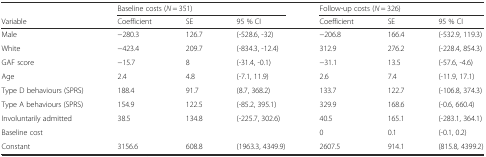
<table><thead><tr><td></td><td colspan="3"><b>Baseline costs (<i>N</i> = 351)</b></td><td colspan="3"><b>Follow-up costs (<i>N</i> = 326)</b></td></tr><tr><td><b>Variable</b></td><td><b>Coefficient</b></td><td><b>SE</b></td><td><b>95 % CI</b></td><td><b>Coefficient</b></td><td><b>SE</b></td><td><b>95 % CI</b></td></tr></thead><tbody><tr><td>Male</td><td>−280.3</td><td>126.7</td><td>(-528.6, -32)</td><td>−206.8</td><td>166.4</td><td>(-532.9, 119.3)</td></tr><tr><td>White</td><td>−423.4</td><td>209.7</td><td>(-834.3, -12.4)</td><td>312.9</td><td>276.2</td><td>(-228.4, 854.3)</td></tr><tr><td>GAF score</td><td>−15.7</td><td>8</td><td>(-31.4, -0.1)</td><td>−31.1</td><td>13.5</td><td>(-57.6, -4.6)</td></tr><tr><td>Age</td><td>2.4</td><td>4.8</td><td>(-7.1, 11.9)</td><td>2.6</td><td>7.4</td><td>(-11.9, 17.1)</td></tr><tr><td>Type D behaviours (SPRS)</td><td>188.4</td><td>91.7</td><td>(8.7, 368.2)</td><td>133.7</td><td>122.7</td><td>(-106.8, 374.3)</td></tr><tr><td>Type A behaviours (SPRS)</td><td>154.9</td><td>122.5</td><td>(-85.2, 395.1)</td><td>329.9</td><td>168.6</td><td>(-0.6, 660.4)</td></tr><tr><td>Involuntarily admitted</td><td>38.5</td><td>134.8</td><td>(-225.7, 302.6)</td><td>40.5</td><td>165.1</td><td>(-283.1, 364.1)</td></tr><tr><td>Baseline cost</td><td></td><td></td><td></td><td>0</td><td>0.1</td><td>(-0.1, 0.2)</td></tr><tr><td>Constant</td><td>3156.6</td><td>608.8</td><td>(1963.3, 4349.9)</td><td>2607.5</td><td>914.1</td><td>(815.8, 4399.2)</td></tr></tbody></table>